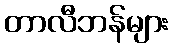
တာလီဘန်များ